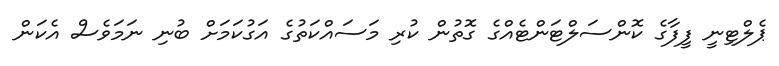
ޕެލްޓިނީ ފީފާގެ ކޮންސަލްޓަންޓެއްގެ ގޮތުން ކުރި މަސައްކަތުގެ އަގުކަމަށް ބުނި ނަމަވެސް އެކަން